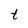
Character: t